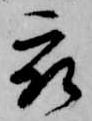
被